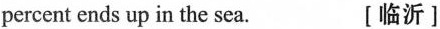
percent ends up in the sea. [临沂]